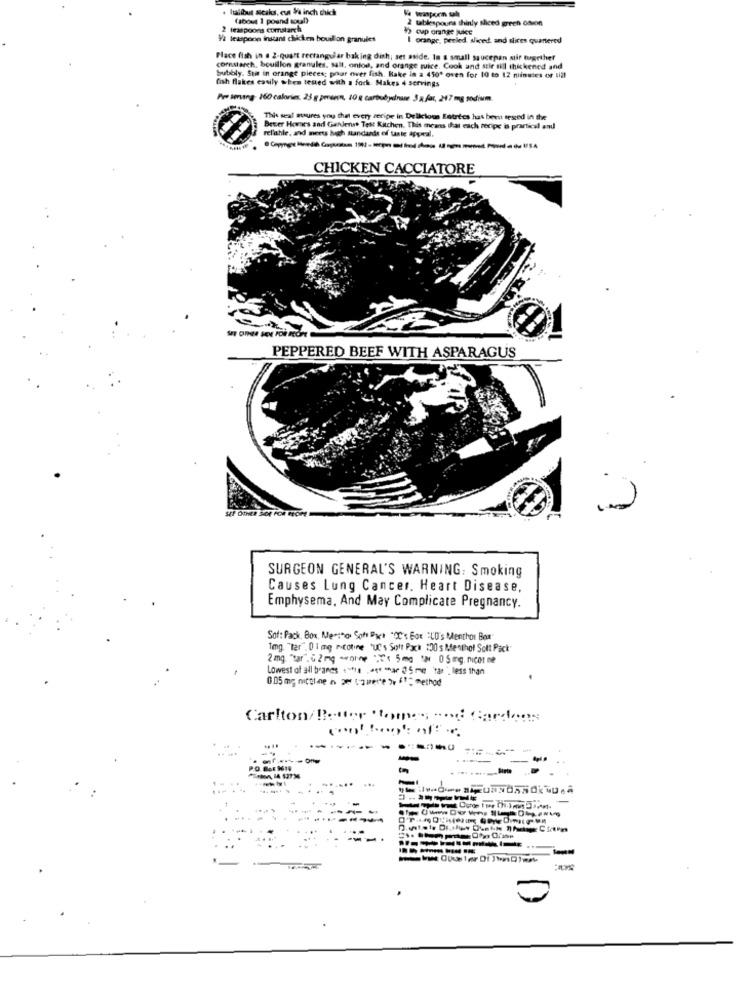
. Itallbut sicaks, eut 1/4 inch thick
(about 1 poand soul)
2 tablespoura thinly sliced green odion
2 teaspoons comstarch
$> cap orange juice
V/2 teaspoon instant chkten bouillon granules
I orange, peeled, sliced, and slices quartered
Place fish in . 2-quart rectangular baking dish; set aside. In a small saucepan stir together
cornstarch, bouillon granules, salt, onlos, and orange juice. Cook and stir sill thickened and
bubbly. Sur in orange pieces; prar over fish. Kake le a 450ª oven for 10 to 12 minutes or till
fish flakes easily when tested with a fork Makes 4 servings
Pure serung: 160 calories. 25 g pmrenn, 10 g Carbubydinuse 3 x for, 247 mg sodium.
This seal suures you that every recipe in Delicious Entrees has been tested in the
relahle, and meets high standards of taste appeal,
Better Homes and Gardense Test Kitchen. This means that each recipe is practical and
CHICKEN CACCIATORE
PEPPERED BEEF WITH ASPARAGUS
2
SURGEON GENERAL'S WARNING: Smoking
Causes Lung Cancer. Heart Disease,
Emphysema, And May Complicate Pregnancy.
Soft Pack, Box, Mensto Soft Piet "OC's Box "LD's Menthol Box"
1mg. Ter", 01 mg recouvre ut's Soit Pack :00 s Menthol Solt Pack
2 mg. tar. 6 2 mg -nice : 5 mg : 05 mg. nicor ne
Lowest of all branes sage "ar 05 me har less than
0.05 mg mttine n 2 ee )method
Carlton/ !:- der
-